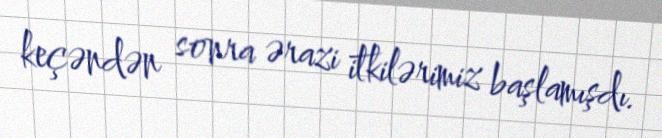
keçəndən sonra ərazi itkilərimiz başlamışdı.